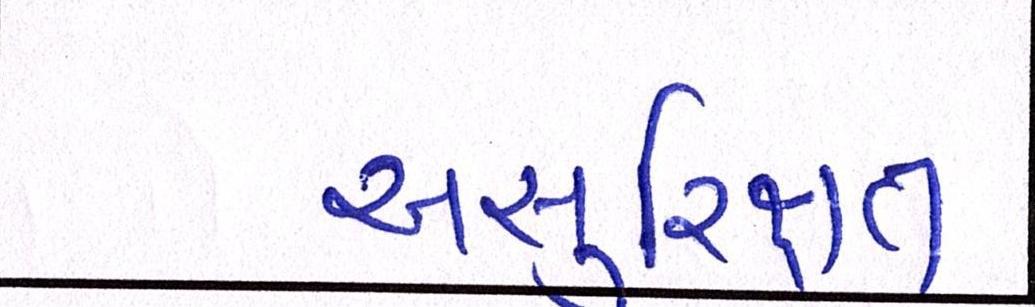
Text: અસુરિક્ષત